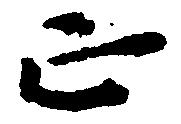
正